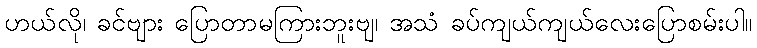
ဟယ်လို၊ ခင်ဗျား ပြောတာမကြားဘူးဗျ၊ အသံ ခပ်ကျယ်ကျယ်လေးပြောစမ်းပါ။